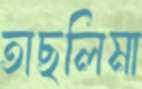
তাছলিমা